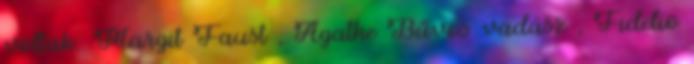
voltak: Margit Faust , Agathe Bűvös vadász , Fidelio